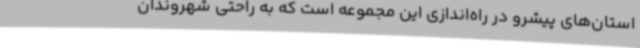
استان‌های پیشرو در راه‌اندازی این مجموعه است که به راحتی شهروندان